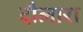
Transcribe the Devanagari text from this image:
दौलारा